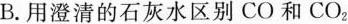
B.用澄清的石灰水区别CO和CO_{2}